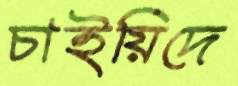
চাইয়িদে